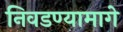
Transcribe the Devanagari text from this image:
निवडण्यामागे